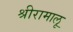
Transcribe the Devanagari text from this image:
श्रीरामालू